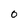
Character: o